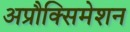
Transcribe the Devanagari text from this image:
अप्रौक्सिमेशन